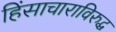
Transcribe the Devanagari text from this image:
हिंसाचाराविरुद्ध